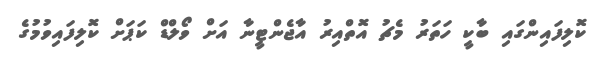
ކޮލިފައިންގައި ބާކީ ހަތަރު މެޗު އޮތްއިރު އާޖެންޓީނާ އަށް ވޯލްޑް ކަޕަށް ކޮލިފައިވުމުގެ